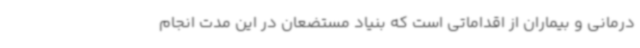
درمانی و بیماران از اقداماتی است که بنیاد مستضعان در این مدت انجام